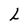
Character: L